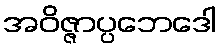
အဝိဇ္ဇာပ္ပဘေဒေါ